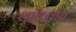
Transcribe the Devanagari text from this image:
शांकवीय